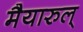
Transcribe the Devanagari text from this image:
मैयारुल्